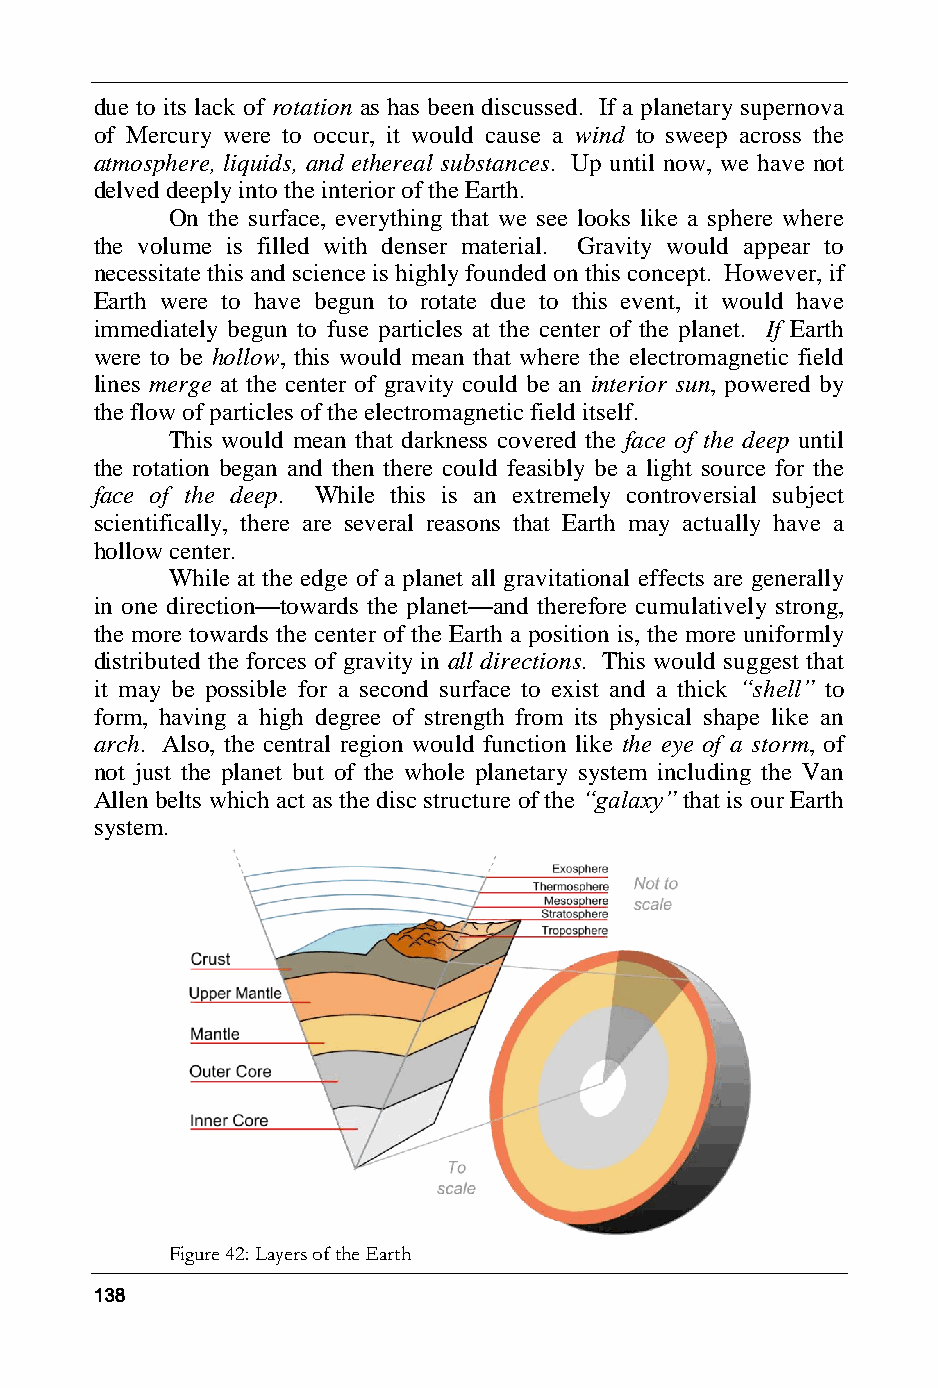
due to its lack of rotation as has been discussed. If a planetary supernova
 of Mercury were to occur, it would cause a wind to sweep across the
 atmosphere, liquids, and ethereal substances. Up until now, we have not
 delved deeply into the interior of the Earth.
 On the surface, everything that we see looks like a sphere where
 the volume is filled with denser material. Gravity would appear to
 necessitate this and science is highly founded on this concept. However, if
 Earth were to have begun to rotate due to this event, it would have
 immediately begun to fuse particles at the center of the planet. If Earth
 were to be hollow, this would mean that where the electromagnetic field
 lines merge at the center of gravity could be an interior sun, powered by
 the flow of particles of the electromagnetic field itself.
 This would mean that darkness covered the face of the deep until
 the rotation began and then there could feasibly be a light source for the
 face of the deep. While this is an extremely controversial subject
 scientifically, there are several reasons that Earth may actually have a
 hollow center.
 While at the edge of a planet all gravitational effects are generally
 in one direction—towards the planet—and therefore cumulatively strong,
 the more towards the center of the Earth a position is, the more uniformly
 distributed the forces of gravity in all directions. This would suggest that
 it may be possible for a second surface to exist and a thick “shell” to
 form, having a high degree of strength from its physical shape like an
 arch. Also, the central region would function like the eye of a storm, of
 not just the planet but of the whole planetary system including the Van
 Allen belts which act as the disc structure of the “galaxy” that is our Earth
 system.
 Figure 42: Layers of the Earth
 138